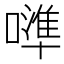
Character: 𠿶